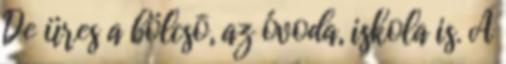
De üres a bölcsõ, az óvoda, iskola is. A